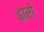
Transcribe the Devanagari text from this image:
ढ़ारो